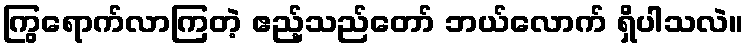
ကြွရောက်လာကြတဲ့ ဧည့်သည်တော် ဘယ်လောက် ရှိပါသလဲ။